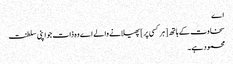
اے
سخاوت کے ہاتھ [ ہر کسی پر ] پھیلانے والے اے وہ ذات جو اپنی سلطنت
محمود ہے ۔